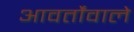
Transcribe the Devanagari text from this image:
आवर्तोंवाले